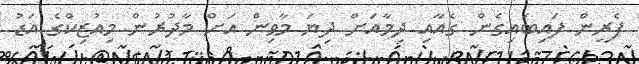
ފެރީން ފައިބައިގެން ގެއާއި ދިމާއަށް ދިޔަ މާވިން އަށް މާދުރުން މިއުޒިކްގެ އަޑު